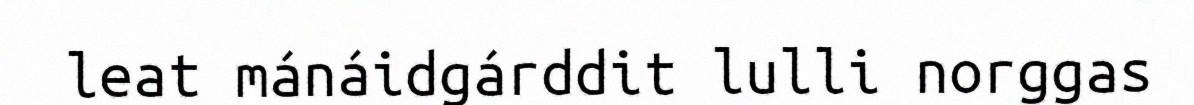
leat mánáidgárddit lulli norggas